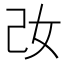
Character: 妀